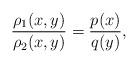
LaTeX: \begin{align*}\frac{\rho_1(x, y)}{\rho_2(x, y)}=\frac{p(x)}{q(y)},\end{align*}